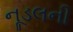
નૂડલની